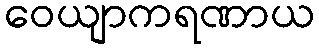
ဝေယျာကရဏာယ